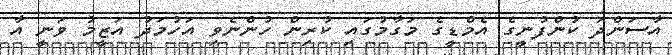
އާސަންދަ ކުންފުނީގެ އެމްޑީގެ މަގާމުގައި ކުރިން ހުންނެވި އަހުމަދު އަޒީމު ވަނީ އާ